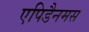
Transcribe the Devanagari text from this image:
एपिडैनमस